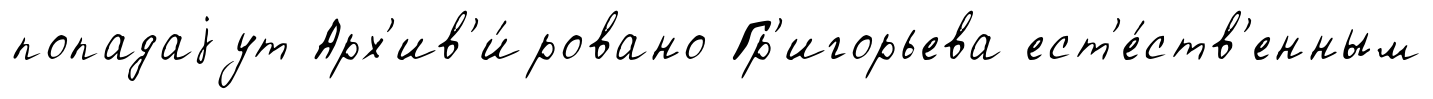
попадаjут Арх'ив'и́ровано Гр'игорьева ест'е́ств'енным